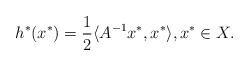
LaTeX: \begin{align*}h^*(x^*)=\frac{1}{2}\langle A^{-1}x^*,x^*\rangle,x^*\in X.\end{align*}